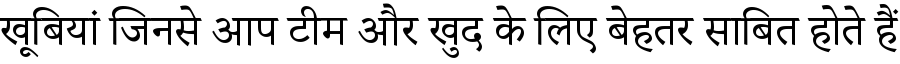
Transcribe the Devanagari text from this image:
खूबियां जिनसे आप टीम और खुद के लिए बेहतर साबित होते हैं